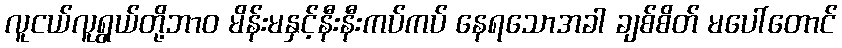
လူငယ်လူရွယ်တို့ဘာဝ မိန်းမနှင့်နီးနီးကပ်ကပ် နေရသောအခါ ချစ်စိတ် မပေါ်တောင်